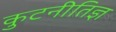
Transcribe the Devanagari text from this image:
कुटनीतिज्ञ